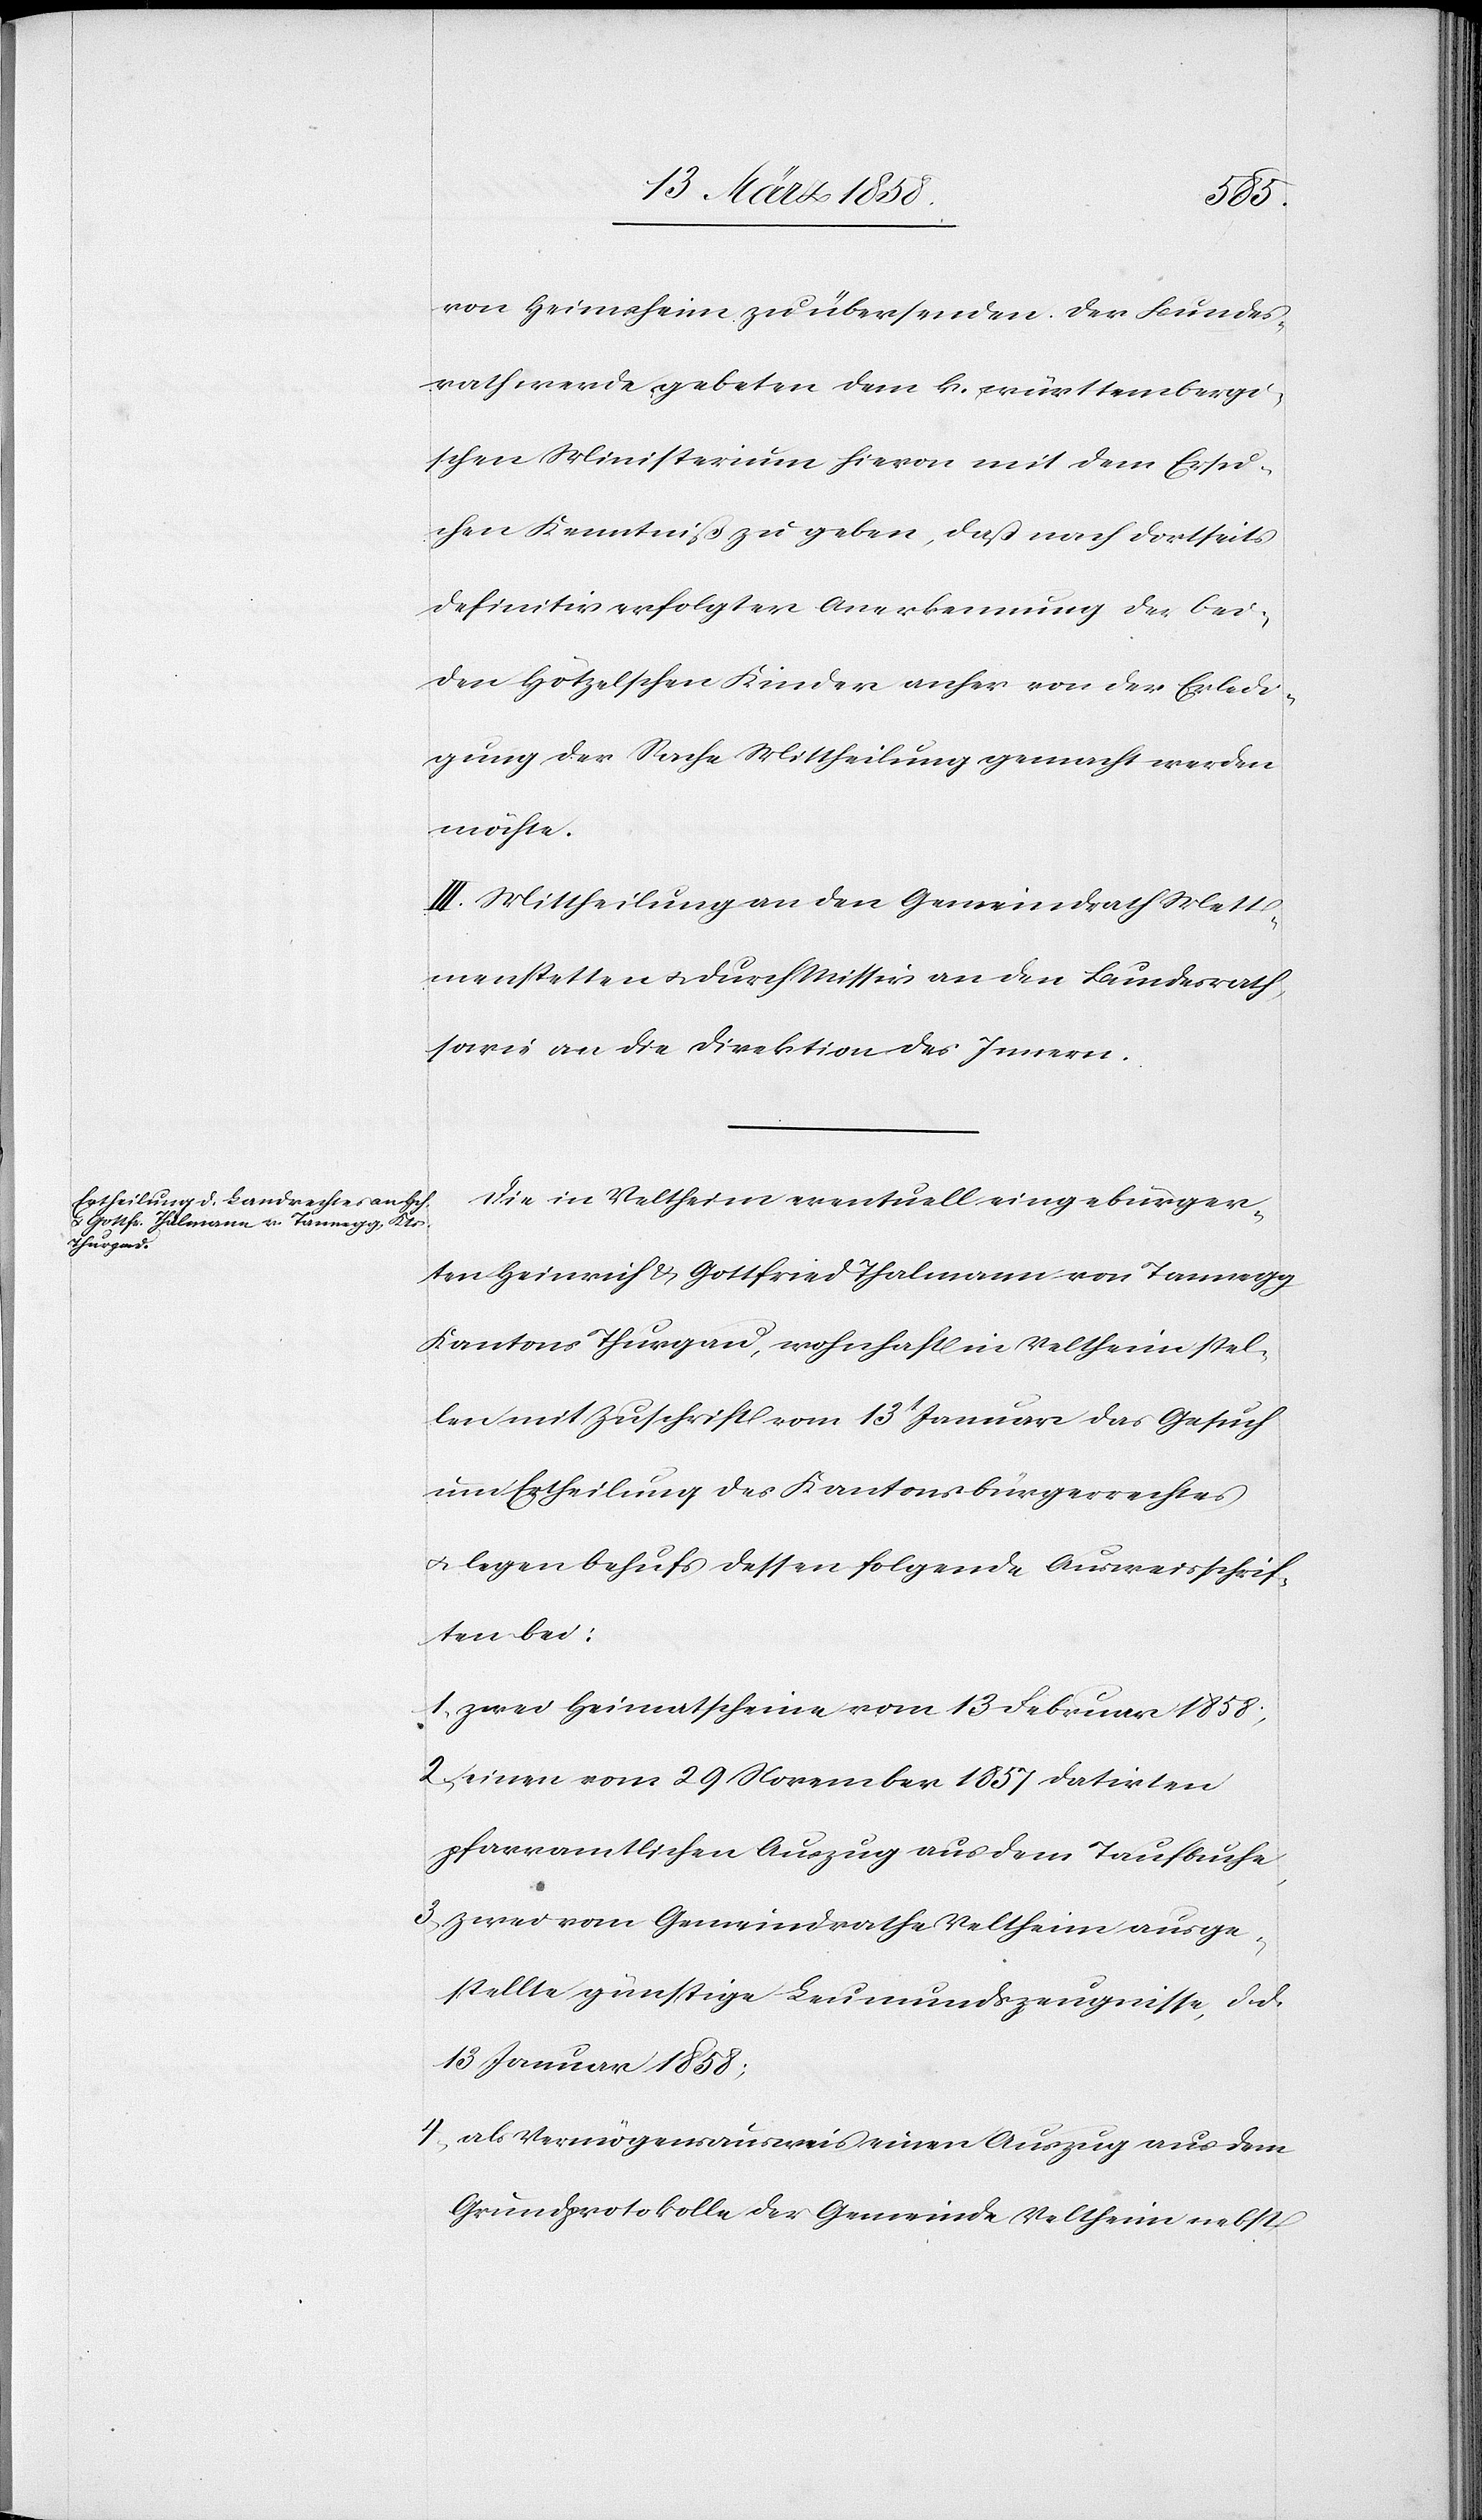
von Heimsheim zu übersenden. Der Bundes¬
rath werde gebeten dem k. württembergi¬
schen Ministerium hievon mit dem Ersu¬
chen Kenntniß zu geben, daß nach dortseits
definitiv erfolgter Anerkennung der bei¬
den Hötzelschen Kinder anher von der Erledi¬
gung der Sachen Mittheilung gemacht werden
möchte.
III. Mittheilung an den Gemeindrath Mett¬
menstetten u. durch Missiv an den Bundesrath,
sowie an die Direktion des Innern.
Die in Veltheim eventuell eingebürger¬
ten Heinrich u. Gottfried Thalmann von Tannegg,
Kantons Thurgau, wohnhaft in Veltheim stel¬
len mit Zuschrift vom 13t Januar das Gesuch
um Ertheilung des Kantonsbürgerrechtes
u. legen behufs dessen folgende Ausweisschrif¬
ten bei:
1) zwei Heimatscheine vom 13. Februar 1858;
2) einen vom 29. November 1857 datirten
pfarramtlichen Auszug aus dem Taufbuche,
3) zwei vom Gemeindrathe Veltheim ausge¬
stellte günstige Leumundszeugnisse, d. d.
13. Januar 1858;
4) als Vermögensausweis einen Auszug aus dem
Grundprotokolle der Gemeinde Veltheim nebst